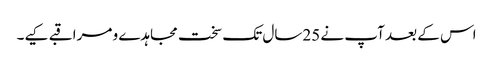
اس کے بعد آپ نے 25سال تک سخت مجاہدے و مراقبے کیے۔